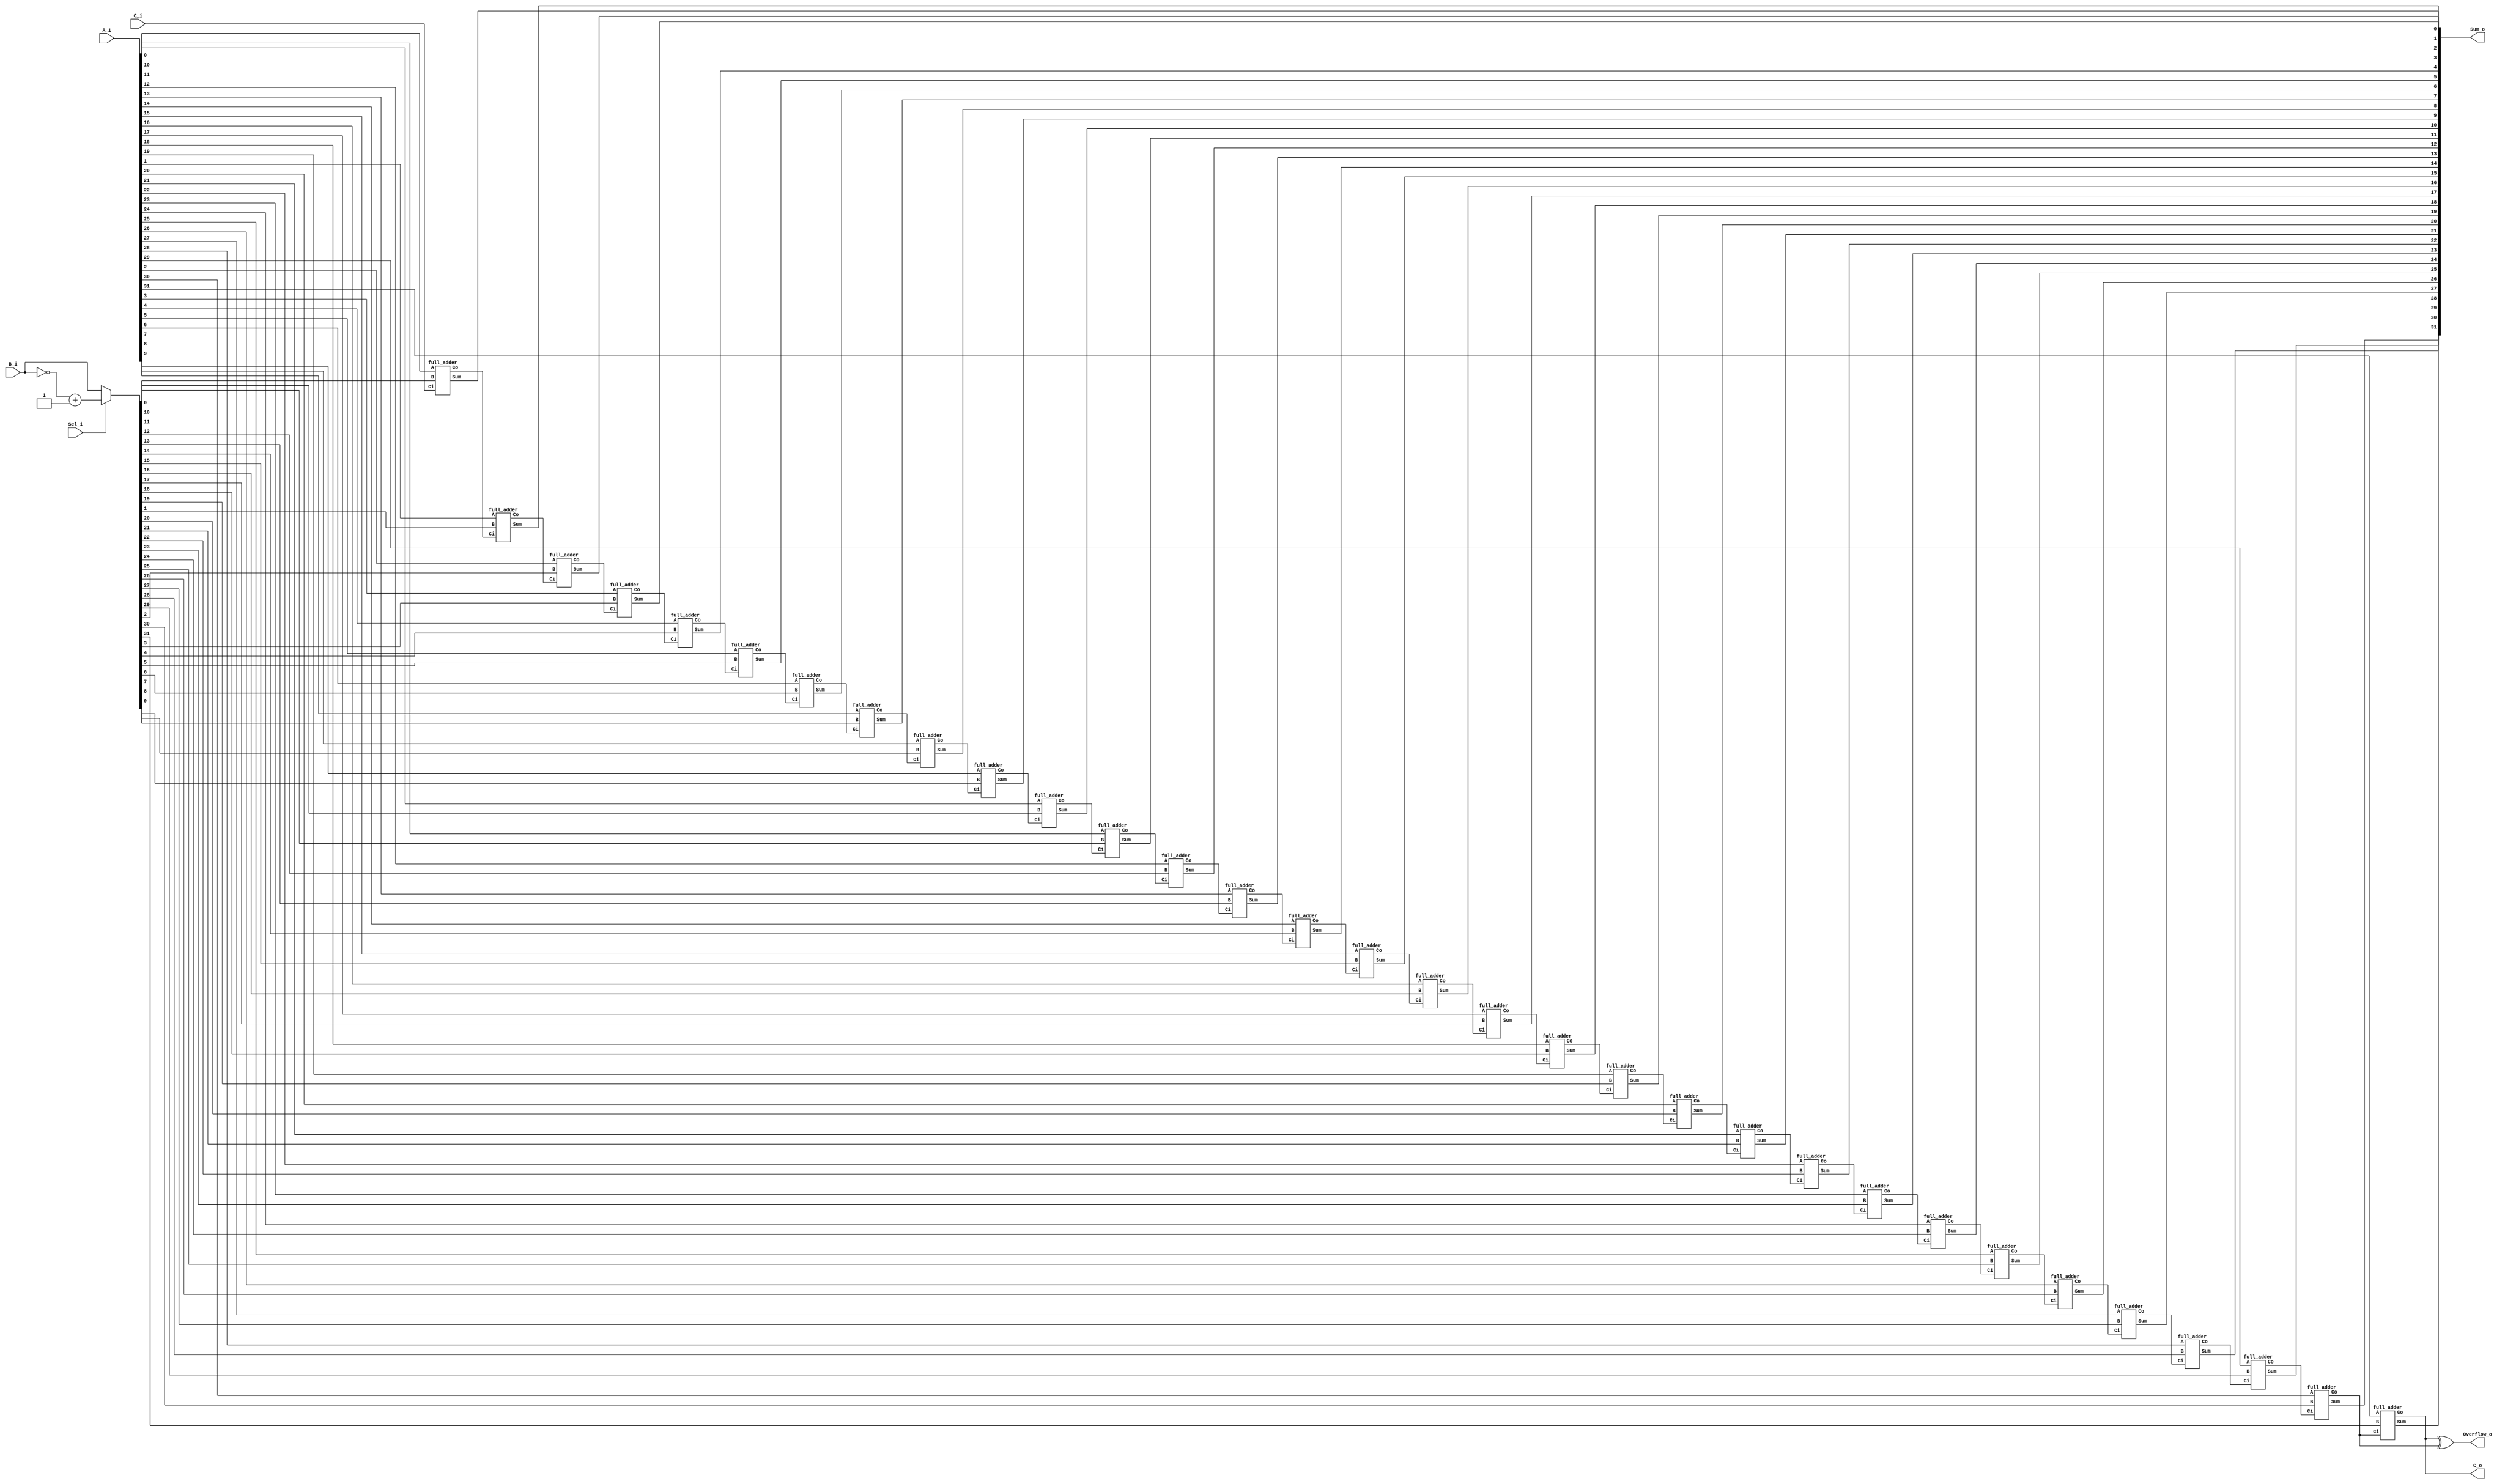
module Ripple_Carry_Adder#(parameter width = 32)(
    input [width-1:0] A_i,            // First operand input
    input [width-1:0] B_i,            // Second operand input
    input C_i,                        // Carry-in input
    input Sel_i,                      // Operation selector: 0 for addition, 1 for subtraction
    output [width-1:0] Sum_o,         // Output sum/difference
    output C_o,                       // Carry-out output
    output Overflow_o                 // Overflow flag output
);

    // Temporary variables for operands
    wire [width-1:0] temp_A, temp_B;
    wire [width:0] C;                 // Carry bits
    wire [width-1:0] S;               // Sum bits

    // Preprocess operands based on the operation selected
    assign temp_A = A_i; 
    assign temp_B = !Sel_i ? B_i : (~B_i + 1);  // If Sel_i is 1, use 2's complement for subtraction
    assign C[0] = C_i;                         // Initialize carry-in
    assign Sum_o = S;                          // Connect the sum output
    assign C_o = C[width];                     // Final carry-out
    assign Overflow_o = C[width] ^ C[width-1]; // Overflow detection

    // Generate full adders for each bit
    genvar i;
    generate
        for (i = 0; i < width; i = i + 1) begin
            full_adder FA(
                .A(temp_A[i]), 
                .B(temp_B[i]), 
                .Ci(C[i]), 
                .Sum(S[i]), 
                .Co(C[i + 1]) 
            );
        end
    endgenerate
endmodule

module full_adder (
    input A,         // First bit input
    input B,         // Second bit input
    input Ci,        // Carry-in input
    output Sum,      // Sum output
    output Co        // Carry-out output
);

    // Intermediate wires for XOR and AND operations
    wire A_B, A_Ci, A_B_Ci;

    // Logic gates to calculate sum and carry
    xor (A_B, A, B);
    xor (Sum, A_B, Ci);        // Sum is the XOR of A, B, and Ci
    and (A_B_Ci, A_B, Ci);
    and (A_Ci, A, B);
    or  (Co, A_Ci, A_B_Ci );   // Carry out is determined by ORing these terms
endmodule